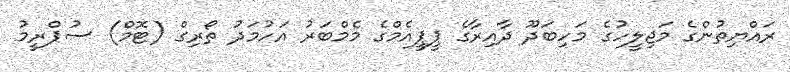
ރައްޔިތުންގެ މަޖިލީހުގެ މަހިބަދޫ ދާއިރާގެ ޕީޕީއެމްގެ މެމްބަރު އަހުމަދު ތޯރިގް (ޓޮމް) ސުޕްރީމު